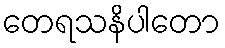
တေရသနိပါတော